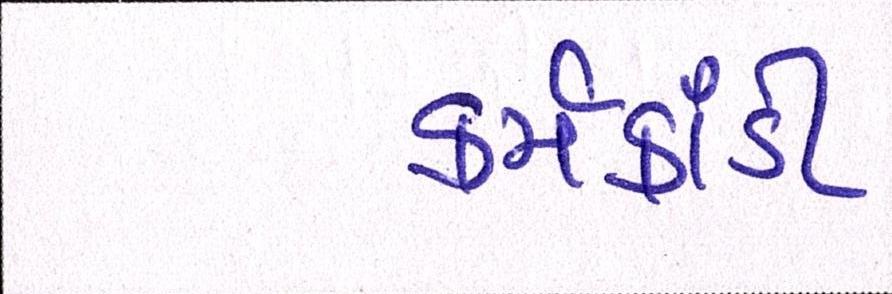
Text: કર્મકાંડી